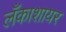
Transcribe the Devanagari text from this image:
लँकाशायर